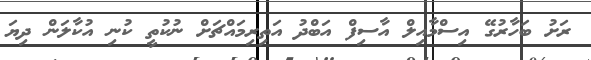
ރަށު ބަހާރުގޭ އިސްމާއިލް އާސިފް އަބްދު އަތިރިމައްޗަށް ނުކުތީ ކުނި އުކާލަން ދިޔަ